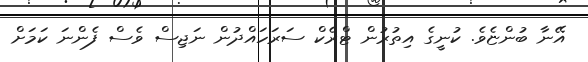
އޭނާ ބުންޏެވެ. ކުނީގެ އިތުރުން ޓްރެކް ސަރަހައްދުން ނަޖިސް ވެސް ފެންނަ ކަމަށް